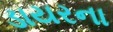
ડાયરના